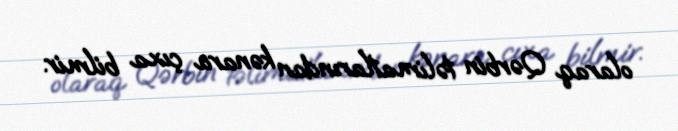
olaraq Qərbin təlimatlarından kənara çıxa bilmir.